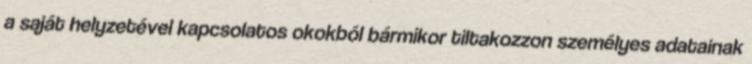
a saját helyzetével kapcsolatos okokból bármikor tiltakozzon személyes adatainak